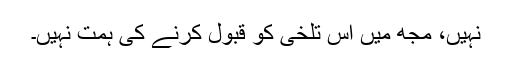
نہیں، مجھ میں اس تلخی کو قبول کرنے کی ہمت نہیں۔